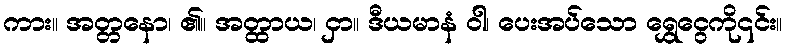
ကား။ အတ္တနော၊ ၏။ အတ္ထာယ၊ ငှာ။ ဒီယမာနံ ဝါ၊ ပေးအပ်သော ရွှေငွေကို၎င်း။